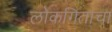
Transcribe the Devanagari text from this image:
लोकगिताचा